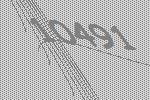
10491